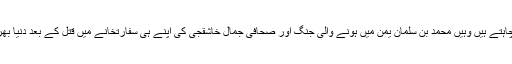
جہاں عمران خان قریب ترین اتحادیوں کی معاشی مدد چاہتے ہیں وہیں محمد بن سلمان یمن میں ہونے والی جنگ اور صحافی جمال خاشقجی کی اپنے ہی سفارتخانے میں قتل کے بعد دنیا بھر میں سعودی عرب کا ایک اچھا رُخ دکھانا چاہتے ہیں۔